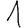
Digit: 1